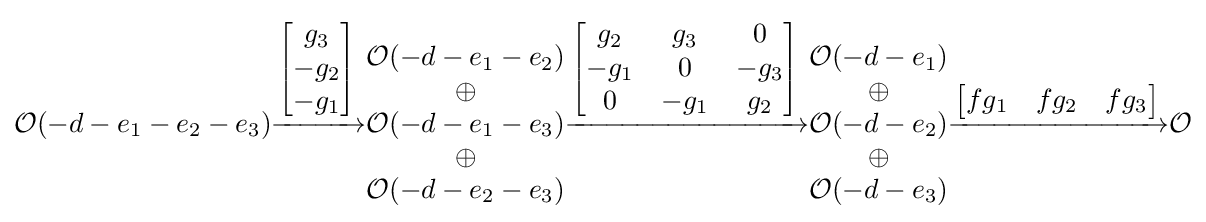
{\mathcal {O}}(-d-e_{1}-e_{2}-e_{3}){\xrightarrow {\begin{bmatrix}g_{3}\\-g_{2}\\-g_{1}\end{bmatrix}}}{\begin{matrix}{\mathcal {O}}(-d-e_{1}-e_{2})\\\oplus \\{\mathcal {O}}(-d-e_{1}-e_{3})\\\oplus \\{\mathcal {O}}(-d-e_{2}-e_{3})\end{matrix}}{\xrightarrow {\begin{bmatrix}g_{2}&g_{3}&0\\-g_{1}&0&-g_{3}\\0&-g_{1}&g_{2}\end{bmatrix}}}{\begin{matrix}{\mathcal {O}}(-d-e_{1})\\\oplus \\{\mathcal {O}}(-d-e_{2})\\\oplus \\{\mathcal {O}}(-d-e_{3})\end{matrix}}{\xrightarrow {\begin{bmatrix}fg_{1}&fg_{2}&fg_{3}\end{bmatrix}}}{\mathcal {O}}